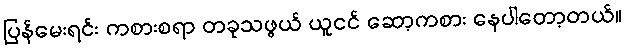
ပြန်မေးရင်း ကစားစရာ တခုသဖွယ် ယူငင် ဆော့ကစား နေပါတော့တယ်။